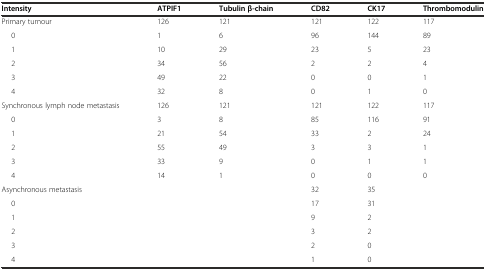
<table><thead><tr><td><b>Intensity</b></td><td><b>ATPIF1</b></td><td><b>Tubulin β-chain</b></td><td><b>CD82</b></td><td><b>CK17</b></td><td><b>Thrombomodulin</b></td></tr></thead><tbody><tr><td>Primary tumour</td><td>126</td><td>121</td><td>121</td><td>122</td><td>117</td></tr><tr><td>0</td><td>1</td><td>6</td><td>96</td><td>144</td><td>89</td></tr><tr><td>1</td><td>10</td><td>29</td><td>23</td><td>5</td><td>23</td></tr><tr><td>2</td><td>34</td><td>56</td><td>2</td><td>2</td><td>4</td></tr><tr><td>3</td><td>49</td><td>22</td><td>0</td><td>0</td><td>1</td></tr><tr><td>4</td><td>32</td><td>8</td><td>0</td><td>1</td><td>0</td></tr><tr><td>Synchronous lymph node metastasis</td><td>126</td><td>121</td><td>121</td><td>122</td><td>117</td></tr><tr><td>0</td><td>3</td><td>8</td><td>85</td><td>116</td><td>91</td></tr><tr><td>1</td><td>21</td><td>54</td><td>33</td><td>2</td><td>24</td></tr><tr><td>2</td><td>55</td><td>49</td><td>3</td><td>3</td><td>1</td></tr><tr><td>3</td><td>33</td><td>9</td><td>0</td><td>1</td><td>1</td></tr><tr><td>4</td><td>14</td><td>1</td><td>0</td><td>0</td><td>0</td></tr><tr><td>Asynchronous metastasis</td><td></td><td></td><td>32</td><td>35</td><td></td></tr><tr><td>0</td><td></td><td></td><td>17</td><td>31</td><td></td></tr><tr><td>1</td><td></td><td></td><td>9</td><td>2</td><td></td></tr><tr><td>2</td><td></td><td></td><td>3</td><td>2</td><td></td></tr><tr><td>3</td><td></td><td></td><td>2</td><td>0</td><td></td></tr><tr><td>4</td><td></td><td></td><td>1</td><td>0</td><td></td></tr></tbody></table>